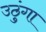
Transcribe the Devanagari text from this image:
उठुंगा